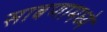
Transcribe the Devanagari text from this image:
साबणामध्ये